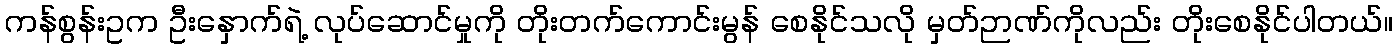
ကန်စွန်းဥက ဦးနှောက်ရဲ့ လုပ်ဆောင်မှုကို တိုးတက်ကောင်းမွန် စေနိုင်သလို မှတ်ဉာဏ်ကိုလည်း တိုးစေနိုင်ပါတယ်။